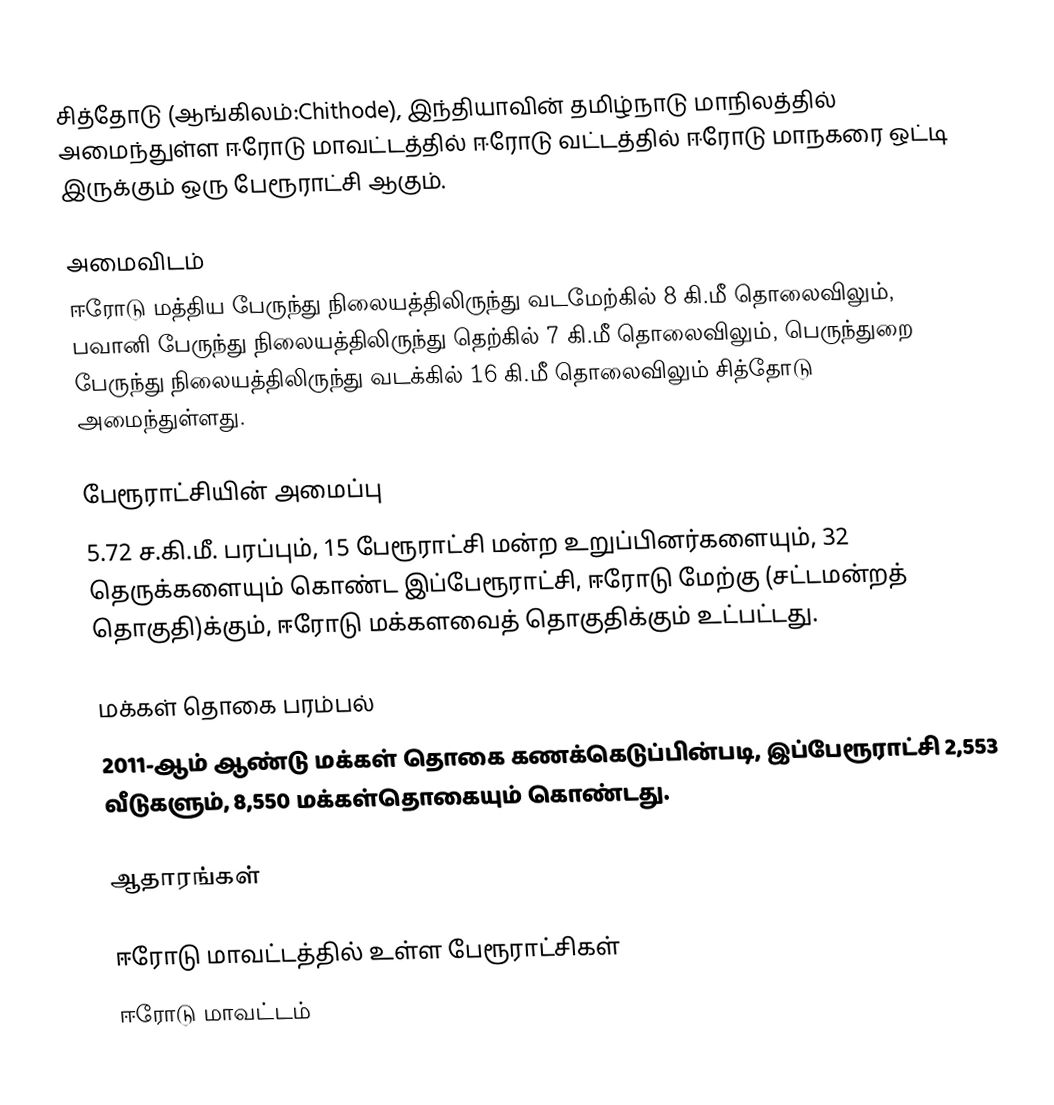
சித்தோடு (ஆங்கிலம்:Chithode), இந்தியாவின் தமிழ்நாடு மாநிலத்தில் அமைந்துள்ள ஈரோடு மாவட்டத்தில் ஈரோடு வட்டத்தில் ஈரோடு மாநகரை ஒட்டி இருக்கும் ஒரு பேரூராட்சி ஆகும்.

அமைவிடம்
ஈரோடு மத்திய பேருந்து நிலையத்திலிருந்து வடமேற்கில் 8 கி.மீ தொலைவிலும், பவானி பேருந்து நிலையத்திலிருந்து தெற்கில் 7 கி.மீ தொலைவிலும், பெருந்துறை பேருந்து நிலையத்திலிருந்து வடக்கில் 16 கி.மீ தொலைவிலும் சித்தோடு  அமைந்துள்ளது.

பேரூராட்சியின் அமைப்பு
5.72 ச.கி.மீ. பரப்பும், 15 பேரூராட்சி மன்ற உறுப்பினர்களையும், 32 தெருக்களையும் கொண்ட இப்பேரூராட்சி, ஈரோடு மேற்கு   (சட்டமன்றத் தொகுதி)க்கும், ஈரோடு  மக்களவைத் தொகுதிக்கும் உட்பட்டது.

மக்கள் தொகை பரம்பல்
2011-ஆம் ஆண்டு மக்கள் தொகை கணக்கெடுப்பின்படி, இப்பேரூராட்சி  2,553 வீடுகளும், 8,550 மக்கள்தொகையும் கொண்டது.

ஆதாரங்கள்

ஈரோடு மாவட்டத்தில் உள்ள பேரூராட்சிகள்
ஈரோடு மாவட்டம்